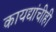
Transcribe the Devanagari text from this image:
कायद्यांचीही